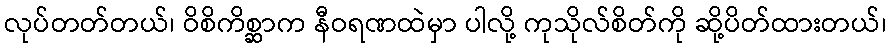
လုပ်တတ်တယ်၊ ဝိစိကိစ္ဆာက နီဝရဏထဲမှာ ပါလို့ ကုသိုလ်စိတ်ကို ဆို့ပိတ်ထားတယ်၊